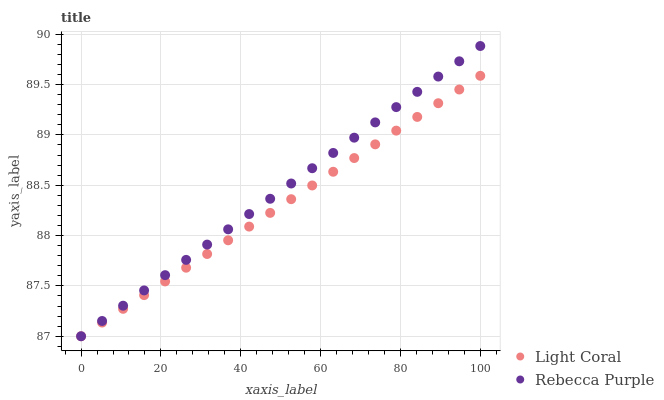
| xaxis_label | Light Coral | Rebecca Purple |
 | --- | --- | --- |
 | 0 | 87 | 87 |
 | 5.26 | 87.1 | 87.2 |
 | 10.5 | 87.3 | 87.3 |
 | 15.8 | 87.4 | 87.5 |
 | 21.1 | 87.5 | 87.6 |
 | 26.3 | 87.7 | 87.8 |
 | 31.6 | 87.8 | 87.9 |
 | 36.8 | 88 | 88.1 |
 | 42.1 | 88.1 | 88.2 |
 | 47.4 | 88.2 | 88.4 |
 | 52.6 | 88.4 | 88.5 |
 | 57.9 | 88.5 | 88.7 |
 | 63.2 | 88.6 | 88.8 |
 | 68.4 | 88.8 | 89 |
 | 73.7 | 88.9 | 89.1 |
 | 78.9 | 89 | 89.3 |
 | 84.2 | 89.2 | 89.4 |
 | 89.5 | 89.3 | 89.6 |
 | 94.7 | 89.5 | 89.7 |
 | 100 | 89.6 | 89.9 |